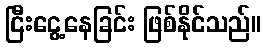
ငြီးငွေ့နေခြင်း ဖြစ်နိုင်သည်။